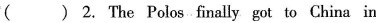
( ) 2. The Polos finally got to China in